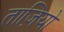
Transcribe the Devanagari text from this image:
ताज़ियो